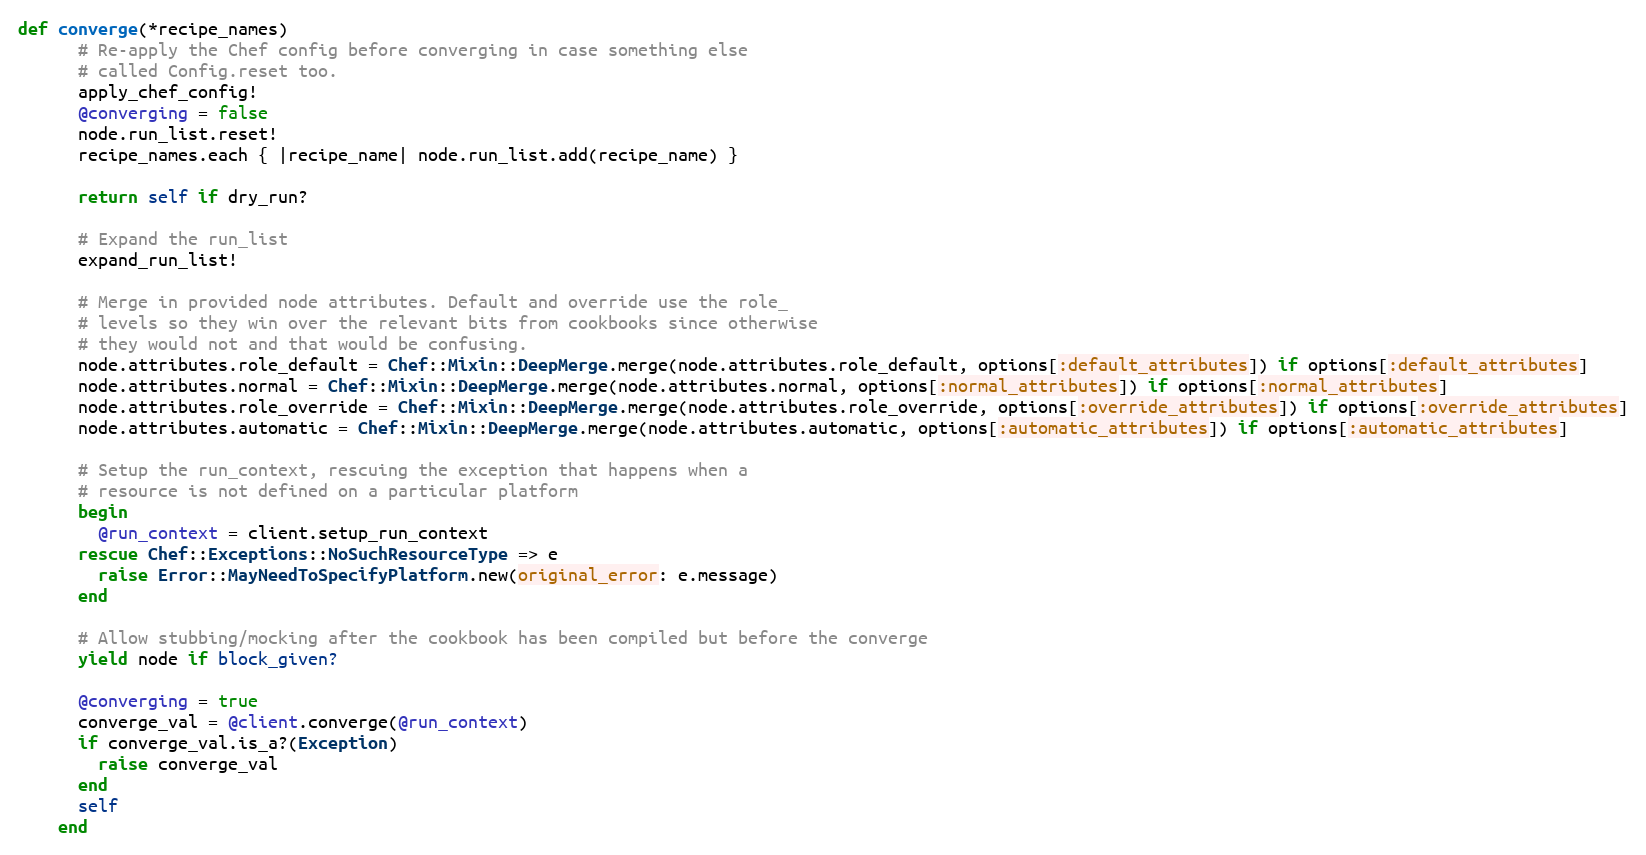
Language: Ruby
def converge(*recipe_names)
      # Re-apply the Chef config before converging in case something else
      # called Config.reset too.
      apply_chef_config!
      @converging = false
      node.run_list.reset!
      recipe_names.each { |recipe_name| node.run_list.add(recipe_name) }

      return self if dry_run?

      # Expand the run_list
      expand_run_list!

      # Merge in provided node attributes. Default and override use the role_
      # levels so they win over the relevant bits from cookbooks since otherwise
      # they would not and that would be confusing.
      node.attributes.role_default = Chef::Mixin::DeepMerge.merge(node.attributes.role_default, options[:default_attributes]) if options[:default_attributes]
      node.attributes.normal = Chef::Mixin::DeepMerge.merge(node.attributes.normal, options[:normal_attributes]) if options[:normal_attributes]
      node.attributes.role_override = Chef::Mixin::DeepMerge.merge(node.attributes.role_override, options[:override_attributes]) if options[:override_attributes]
      node.attributes.automatic = Chef::Mixin::DeepMerge.merge(node.attributes.automatic, options[:automatic_attributes]) if options[:automatic_attributes]

      # Setup the run_context, rescuing the exception that happens when a
      # resource is not defined on a particular platform
      begin
        @run_context = client.setup_run_context
      rescue Chef::Exceptions::NoSuchResourceType => e
        raise Error::MayNeedToSpecifyPlatform.new(original_error: e.message)
      end

      # Allow stubbing/mocking after the cookbook has been compiled but before the converge
      yield node if block_given?

      @converging = true
      converge_val = @client.converge(@run_context)
      if converge_val.is_a?(Exception)
        raise converge_val
      end
      self
    end